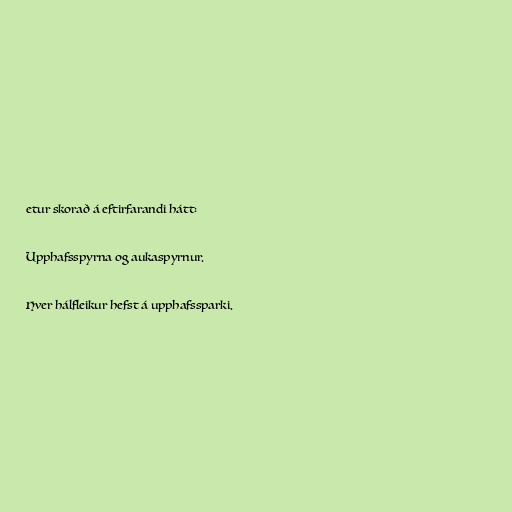
etur skorað á eftirfarandi hátt:

Upphafsspyrna og aukaspyrnur.

Hver hálfleikur hefst á upphafssparki.